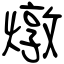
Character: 燉